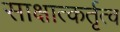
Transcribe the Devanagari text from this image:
साक्षात्कर्तृत्व